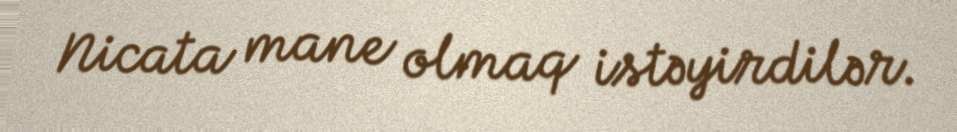
Nicata mane olmaq istəyirdilər.